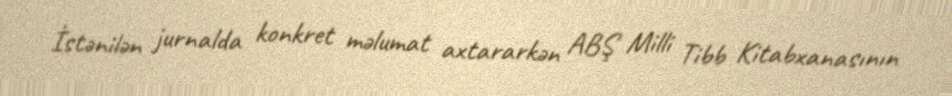
İstənilən jurnalda konkret məlumat axtararkən ABŞ Milli Tibb Kitabxanasının